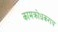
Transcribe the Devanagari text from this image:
कामक्रोधकराय